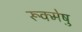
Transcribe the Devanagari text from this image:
रूक्मेषु